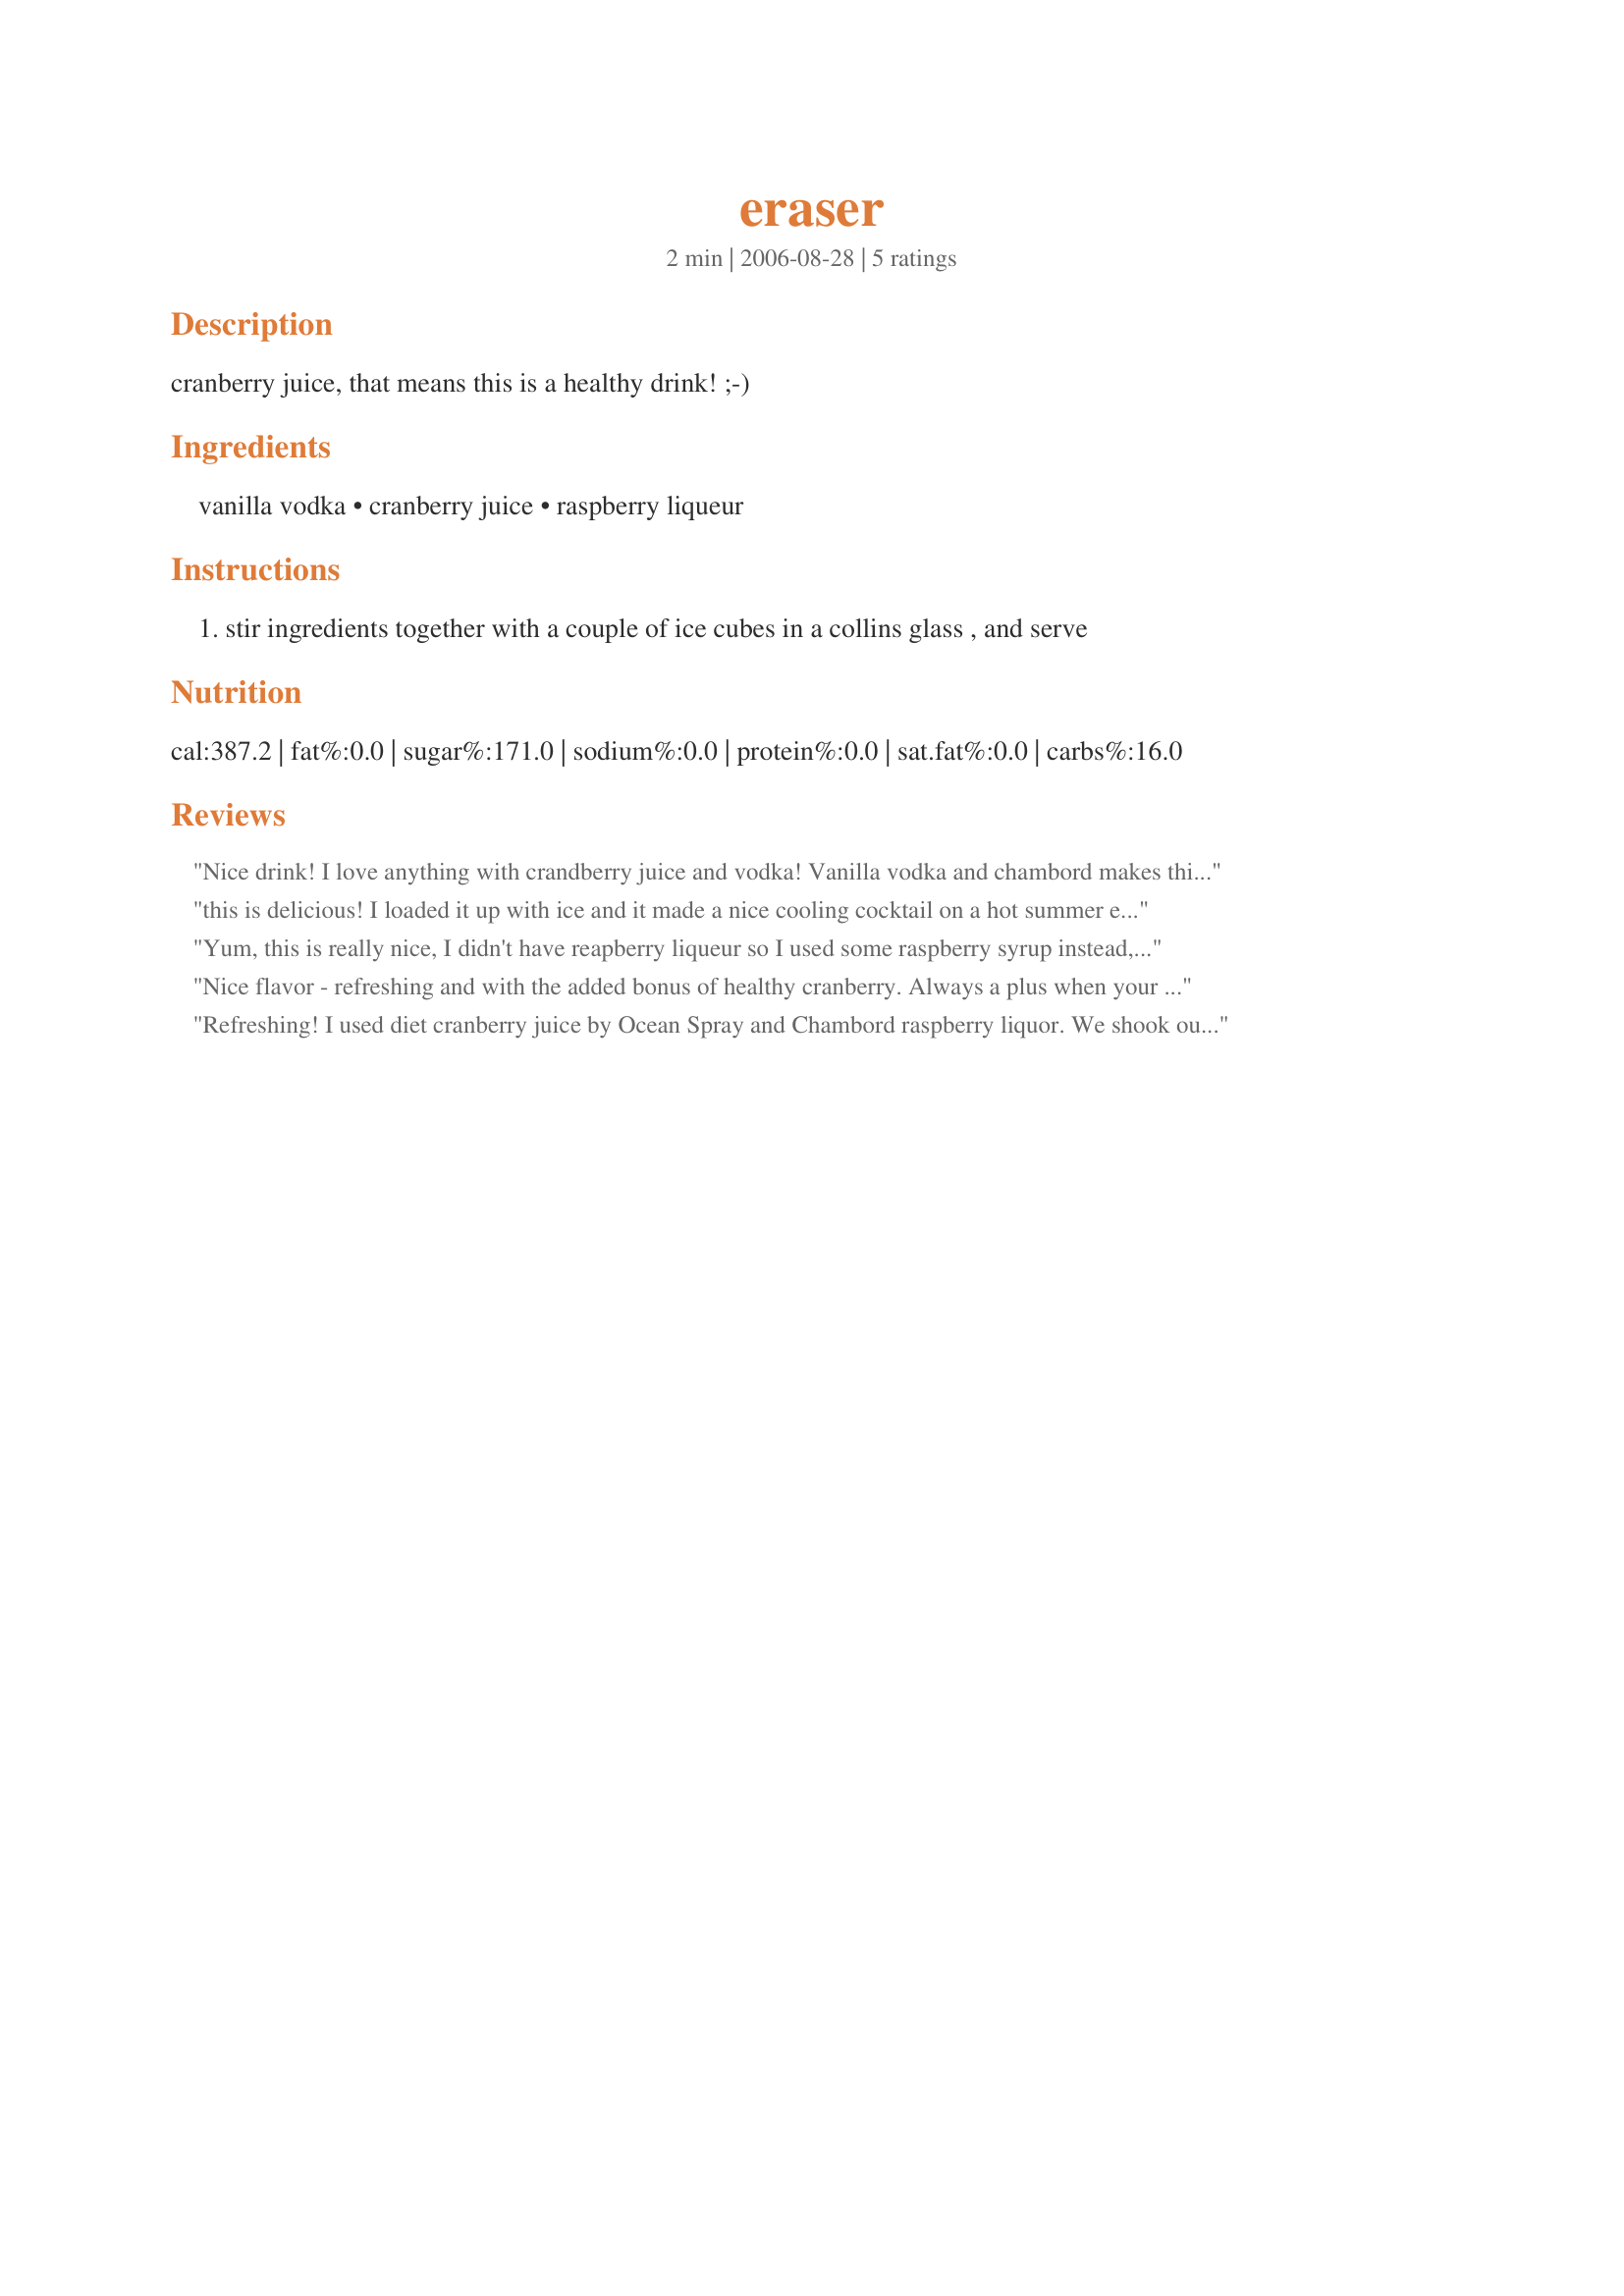
eraser
Preparation time: 2 minutes

cranberry juice, that means this is a healthy drink! ;-)

Ingredients:
vanilla vodka, cranberry juice, raspberry liqueur

Steps:
stir ingredients together with a couple of ice cubes in a collins glass , and serve

Reviews:
Nice drink! I love anything with crandberry juice and vodka! Vanilla vodka and chambord makes this extra special! Thanks for a great drink! *Made for BEV TAG*
this is delicious! I loaded it up with ice and it made a nice cooling cocktail on a hot summer evening!
Yum, this is really nice, I didn't have reapberry liqueur so I used some raspberry syrup instead, lovely blend of flavours. I only did a half batch though as I figured a whole one might just be too much. A keeper for me, thanks!
Nice flavor - refreshing and with the added bonus of healthy cranberry. Always a plus when your bevy can be good for you too!! ;) ZWT3
Refreshing! I used diet cranberry juice by Ocean Spray and Chambord raspberry liquor. We shook ours with ice and split one batch between the two of us; DH said 'tastes like kool-aid' and I gotta agree. You almost don't notice the liquor at all.
